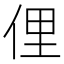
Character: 俚